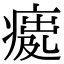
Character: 𤸿